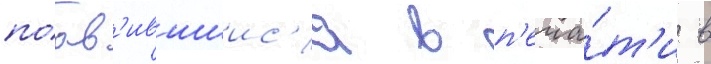
поав'ившиис'я в п'еча́т'и в